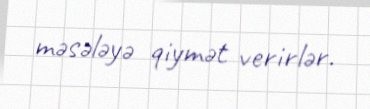
məsələyə qiymət verirlər.